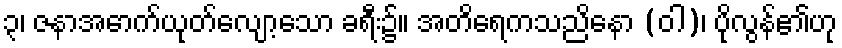
၃၊ ဇနာအောက်ယုတ်လျော့သော ခရီး၌။ အတိရေကသညိနော (ဝါ)၊ ပိုလွန်၏ဟု